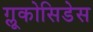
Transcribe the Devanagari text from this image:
ग्लूकोसिडेस